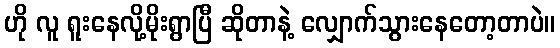
ဟို လူ ရူးနေလို့မိုးရွာပြီ ဆိုတာနဲ့ လျှောက်သွားနေတော့တာပဲ။